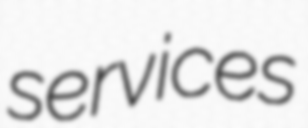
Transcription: services